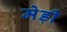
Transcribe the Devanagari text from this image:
मेड़ी